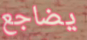
يضاجع